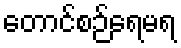
တောင်စဉ်ရေမရ